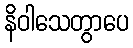
နိဝါသေတွာပေ